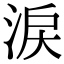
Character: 涙